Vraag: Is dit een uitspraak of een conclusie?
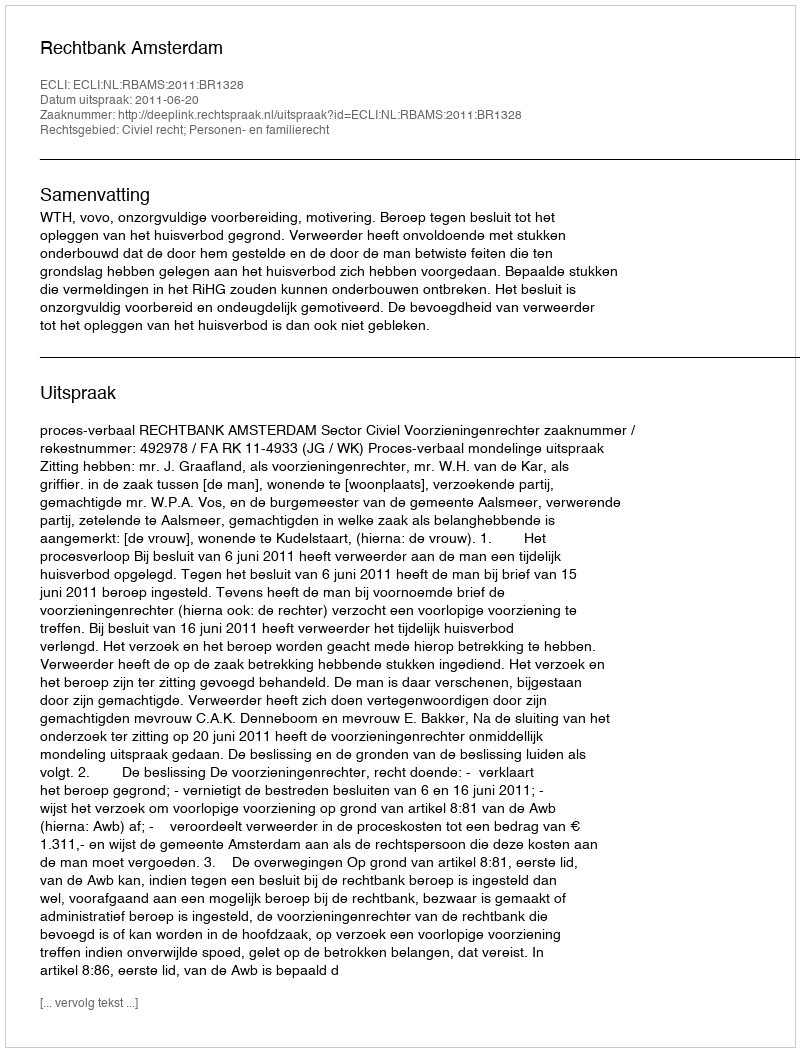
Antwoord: Uitspraak